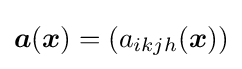
{\boldsymbol {a}}({\boldsymbol {x}})=\left(a_{ikjh}({\boldsymbol {x}})\right)